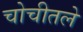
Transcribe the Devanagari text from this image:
चोचीतले